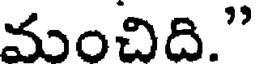
మంచిది."